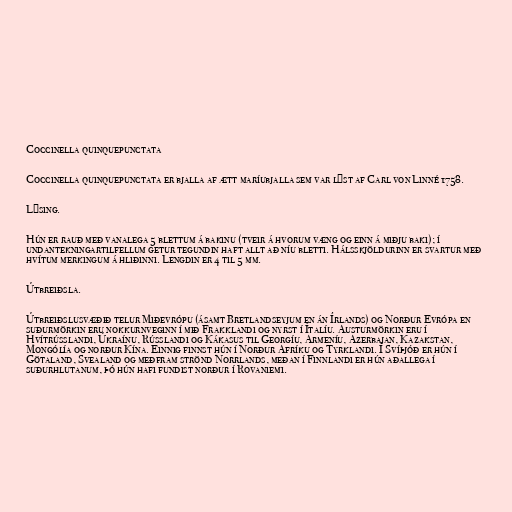
Coccinella quinquepunctata

Coccinella quinquepunctata er bjalla af ætt maríubjalla sem var lýst af Carl von Linné 1758.

Lýsing.

Hún er rauð með vanalega 5 blettum á bakinu (tveir á hvorum væng og einn á miðju baki); í
undantekningartilfellum getur tegundin haft allt að níu bletti. Hálsskjöldurinn er svartur með
hvítum merkingum á hliðinni. Lengdin er 4 til 5 mm.

Útbreiðsla.

Útbreiðslusvæðið telur Miðevrópu (ásamt Bretlandseyjum en án Írlands) og Norður Evrópa en
suðurmörkin eru nokkurnveginn í mið Frakklandi og nyrst í Ítalíu. Austurmörkin eru í
Hvítrússlandi, Úkraínu, Rússlandi og Kákasus til Georgíu, Armeníu, Azerbajan, Kazakstan,
Mongólía og norður Kína. Einnig finnst hún í Norður Afríku og Tyrklandi. Í Svíþjóð er hún í
Götaland, Svealand og meðfram strönd Norrlands, meðan í Finnlandi er hún aðallega í
suðurhlutanum, þó hún hafi fundist norður í Rovaniemi.